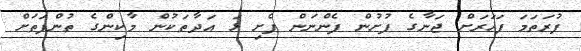
ފުރަތަމަ ފަހަރަށް ޖަނާގެ ފުށުން ފެންނަން ފެށި ޅަ އަދާތަކުން މާކިންގެ ތުންފަތަށް